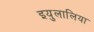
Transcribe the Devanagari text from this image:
इयुलालिया